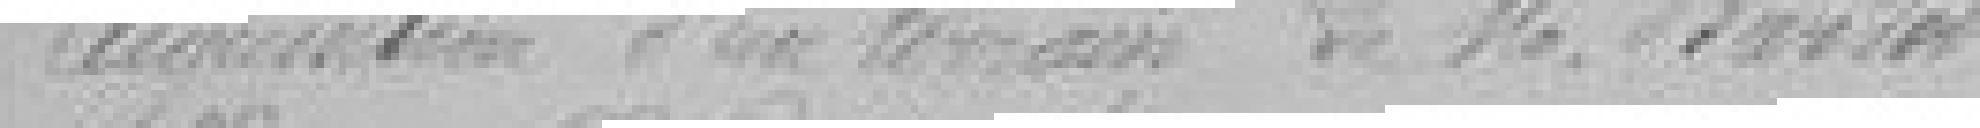
Acquisition d'un terrain de M. Bardot